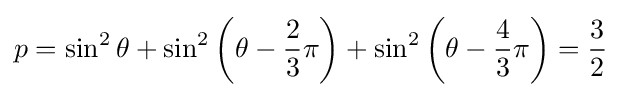
p=\sin ^{2}\theta +\sin ^{2}\left(\theta -{\frac {2}{3}}\pi \right)+\sin ^{2}\left(\theta -{\frac {4}{3}}\pi \right)={\frac {3}{2}}